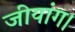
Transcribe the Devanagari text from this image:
जीयांग।